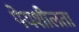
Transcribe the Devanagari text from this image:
पेयशीलता